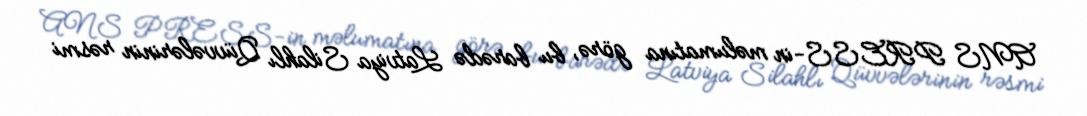
ANS PRESS-in məlumatına görə, bu barədə Latviya Silahlı Qüvvələrinin rəsmi